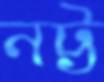
নট্ট